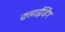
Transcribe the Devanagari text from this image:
सलाईडिंग